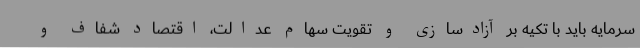
سرمایه باید با تکیه بر آزادسازی و تقویت سهام عدالت، اقتصاد شفاف و